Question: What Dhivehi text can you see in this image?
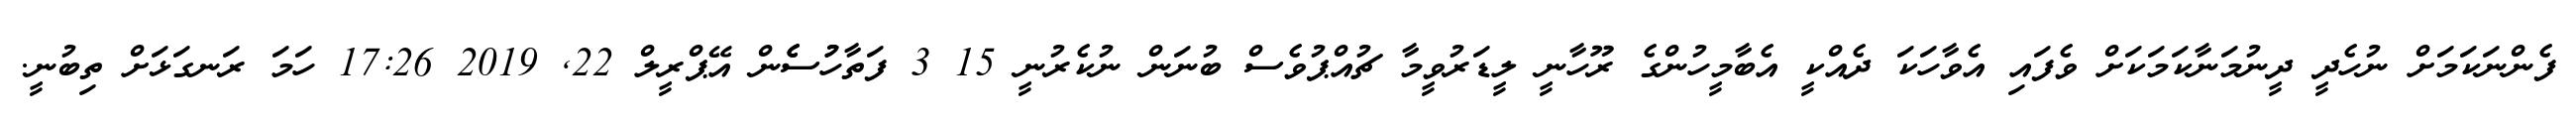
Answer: ފެންނަކަމަށް ނުހެދީ ދީނުމަނާކަމަކަށް ވެފައި އެވާހަކަ ދެއްކީ އެބާމީހުންގެ ރޫހާނީ ލީޑަރުވީމާ ޗުއްޕުވެސް ބުނަން ނުކެރުނީ 15 3 ފަތާހުުސެެން އޭޕްރީލް 22, 2019 17:26 ހަމަ ރަނގަޅަށް ތިބުނީ.